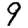
Digit: 9